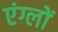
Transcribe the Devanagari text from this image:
एंग्लों